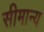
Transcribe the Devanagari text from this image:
सीमान्य